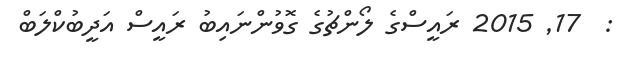
:  17